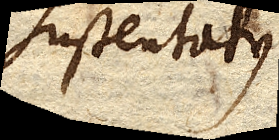
sustentatus